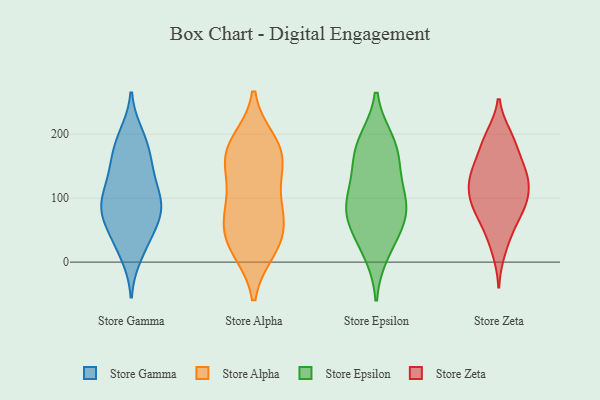
{"axis": {"x": "Conversion Rate (%)", "y": "Value"}, "legend": ["Store Alpha", "Store Epsilon", "Store Gamma", "Store Zeta"], "data": [{"x": "", "y": 198, "type": "Store Gamma"}, {"x": "", "y": 39, "type": "Store Gamma"}, {"x": "", "y": 75, "type": "Store Gamma"}, {"x": "", "y": 90, "type": "Store Gamma"}, {"x": "", "y": 185, "type": "Store Gamma"}, {"x": "", "y": 96, "type": "Store Gamma"}, {"x": "", "y": 146, "type": "Store Gamma"}, {"x": "", "y": 12, "type": "Store Gamma"}, {"x": "", "y": 88, "type": "Store Gamma"}, {"x": "", "y": 32, "type": "Store Gamma"}, {"x": "", "y": 79, "type": "Store Gamma"}, {"x": "", "y": 66, "type": "Store Gamma"}, {"x": "", "y": 181, "type": "Store Gamma"}, {"x": "", "y": 136, "type": "Store Gamma"}, {"x": "", "y": 104, "type": "Store Gamma"}, {"x": "", "y": 144, "type": "Store Gamma"}, {"x": "", "y": 173, "type": "Store Alpha"}, {"x": "", "y": 186, "type": "Store Alpha"}, {"x": "", "y": 34, "type": "Store Alpha"}, {"x": "", "y": 171, "type": "Store Alpha"}, {"x": "", "y": 56, "type": "Store Alpha"}, {"x": "", "y": 85, "type": "Store Alpha"}, {"x": "", "y": 26, "type": "Store Alpha"}, {"x": "", "y": 147, "type": "Store Alpha"}, {"x": "", "y": 105, "type": "Store Alpha"}, {"x": "", "y": 21, "type": "Store Alpha"}, {"x": "", "y": 165, "type": "Store Alpha"}, {"x": "", "y": 73, "type": "Store Alpha"}, {"x": "", "y": 80, "type": "Store Epsilon"}, {"x": "", "y": 66, "type": "Store Epsilon"}, {"x": "", "y": 144, "type": "Store Epsilon"}, {"x": "", "y": 90, "type": "Store Epsilon"}, {"x": "", "y": 184, "type": "Store Epsilon"}, {"x": "", "y": 167, "type": "Store Epsilon"}, {"x": "", "y": 113, "type": "Store Epsilon"}, {"x": "", "y": 16, "type": "Store Epsilon"}, {"x": "", "y": 85, "type": "Store Epsilon"}, {"x": "", "y": 189, "type": "Store Epsilon"}, {"x": "", "y": 41, "type": "Store Epsilon"}, {"x": "", "y": 47, "type": "Store Zeta"}, {"x": "", "y": 139, "type": "Store Zeta"}, {"x": "", "y": 133, "type": "Store Zeta"}, {"x": "", "y": 123, "type": "Store Zeta"}, {"x": "", "y": 106, "type": "Store Zeta"}, {"x": "", "y": 86, "type": "Store Zeta"}, {"x": "", "y": 171, "type": "Store Zeta"}, {"x": "", "y": 83, "type": "Store Zeta"}, {"x": "", "y": 100, "type": "Store Zeta"}, {"x": "", "y": 139, "type": "Store Zeta"}, {"x": "", "y": 152, "type": "Store Zeta"}, {"x": "", "y": 198, "type": "Store Zeta"}, {"x": "", "y": 198, "type": "Store Zeta"}, {"x": "", "y": 82, "type": "Store Zeta"}, {"x": "", "y": 54, "type": "Store Zeta"}, {"x": "", "y": 98, "type": "Store Zeta"}, {"x": "", "y": 132, "type": "Store Zeta"}, {"x": "", "y": 17, "type": "Store Zeta"}, {"x": "", "y": 184, "type": "Store Zeta"}]}